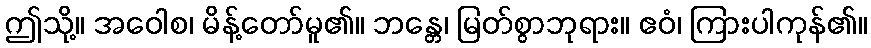
ဤသို့။ အဝေါစ၊ မိန့်တော်မူ၏။ ဘန္တေ၊ မြတ်စွာဘုရား။ ဧဝံ၊ ကြားပါကုန်၏။